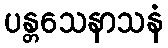
ပန္တသေနာသနံ